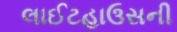
લાઈટહાઉસની